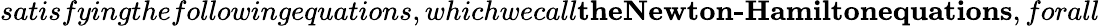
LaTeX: satisfyingthefollowingequations,whichwecall\textbf{theNewton-Hamiltonequations},forall